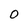
Character: 0